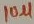
Text: 10µ